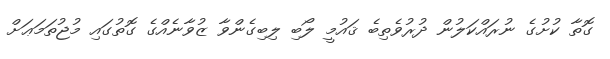
ގޮތާ ކުށުގެ ނުރައްކަލުން ދުރުވެތިބެ ޤައުމީ ލޯބި ލިބިގެންވާ ޒުވާނެއްގެ ގޮތުގައި މުޖުތަމަޢަށް